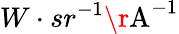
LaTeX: W\cdot sr^{-1}\textup{\r{A}}^{-1}